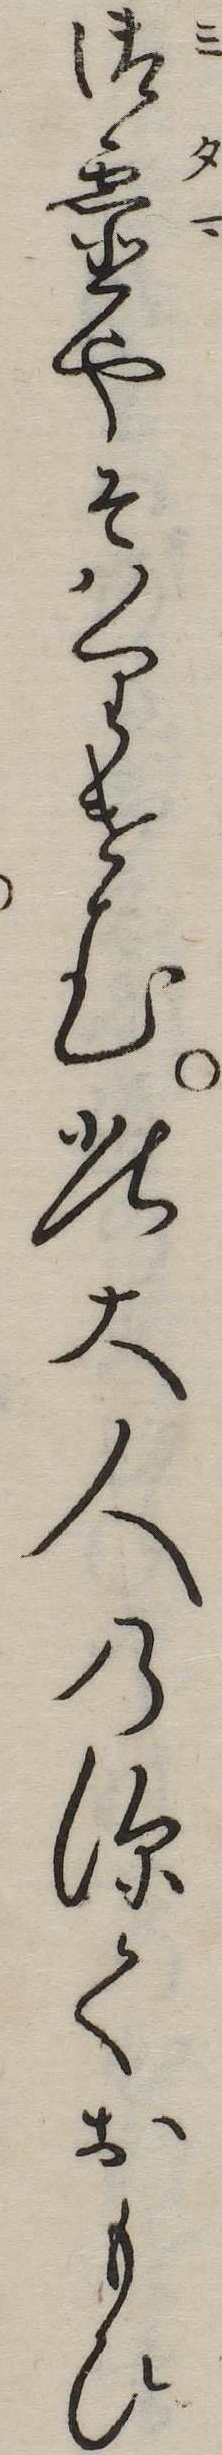
御霊やそはりけむ此大人の深くおもひ